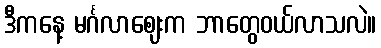
ဒီကနေ့ မင်္ဂလာဈေးက ဘာတွေဝယ်လာသလဲ။